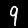
Digit: 9